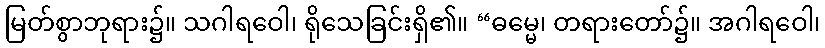
မြတ်စွာဘုရား၌။ သဂါရဝေါ၊ ရိုသေခြင်းရှိ၏။ “ဓမ္မေ၊ တရားတော်၌။ အဂါရဝေါ၊